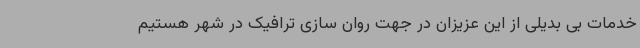
خدمات بی بدیلی از این عزیزان در جهت روان سازی ترافیک در شهر هستیم